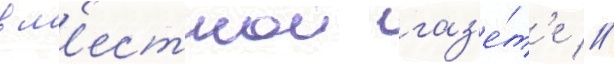
в м'естнои газ'е́т'е //